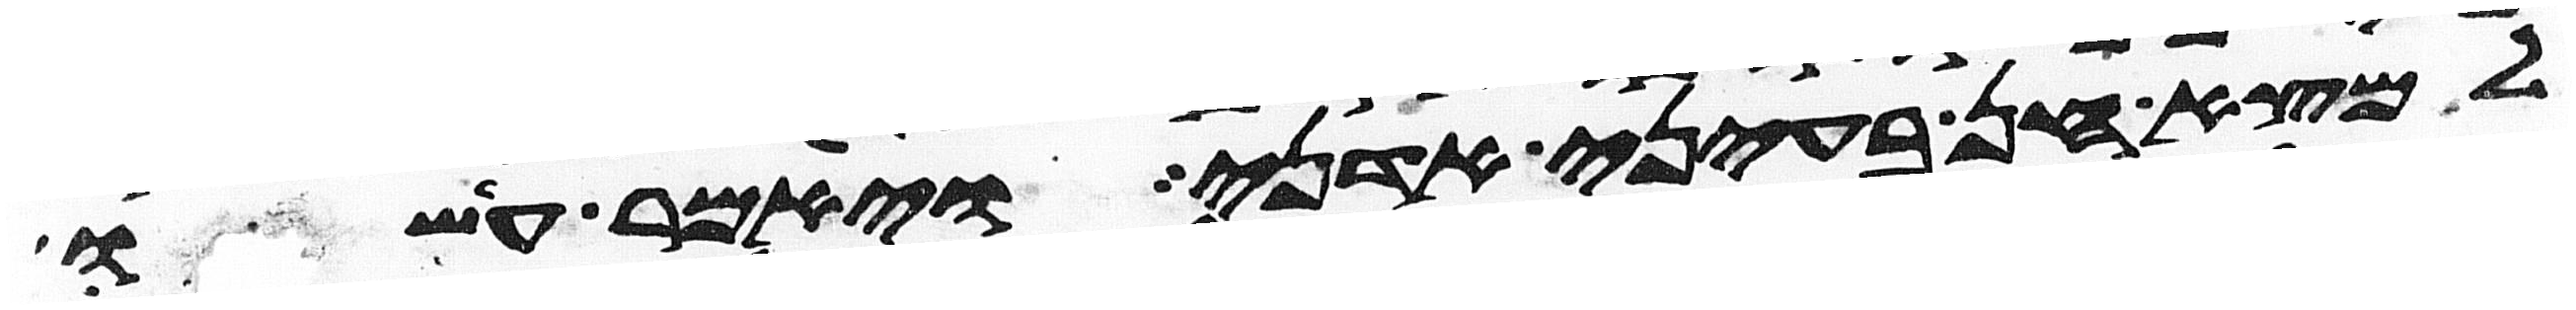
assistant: למצא חן בעיני אדני ויאמר עשו